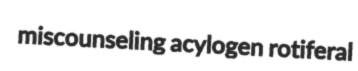
miscounseling acylogen rotiferal